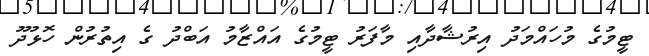
ޓީމުގެ މުހައްމަދު އިރުޝާދާއި މާފަރު ޓީމުގެ އައްޒާމު އަބްދު ގެ އިތުރުން ހޮޅުދޫ